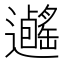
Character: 𨙃